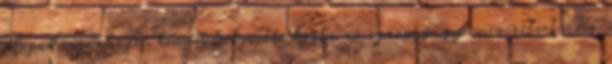
elfogadásával igen kényes helyzetbe hozta az igazságügyi minisztert. Ha